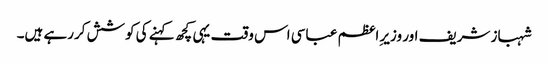
شہباز شریف اور وزیر ِاعظم عباسی اس وقت یہی کچھ کہنے کی کوشش کررہے ہیں۔